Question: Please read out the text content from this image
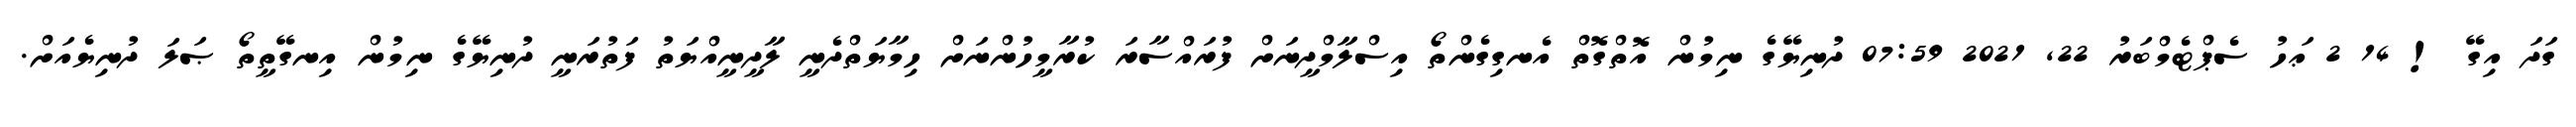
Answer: ގަދަ އިގޭ ! 14 2 ޢަހު ސެޕްޓެމްބަރު 22, 2021 07:59 ދުނިޔޭގެ ނިމުން އޮތްގޮތް އެނގިގެންތޯ އިސްލާމްދީނަށް ފުރައްސާރަ ކުރާމީހުންނަށް ހިމާޔަތްދެނީ ލާދީނީއްޔަތު ފަތުރަނީ ދުނިޔޭގެ ނިމުން އިނގޭތީތޯ ޞަލަ ދުނިޔެއަށް.